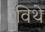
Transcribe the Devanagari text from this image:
विथे